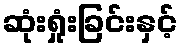
ဆုံးရှုံးခြင်းနှင့်